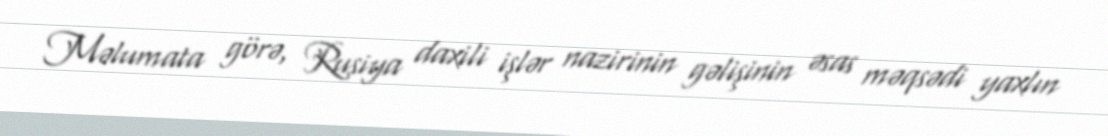
Məlumata görə, Rusiya daxili işlər nazirinin gəlişinin əsas məqsədi yaxlın